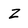
Character: z